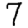
Digit: 7